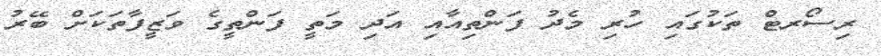
ރިސޯރޓް ތަކުގައި ހުރި މެދު ފަންތިއާއި އަދި މަތީ ފަންތީގެ ވަޒީފާތަކަށް ބޭރު